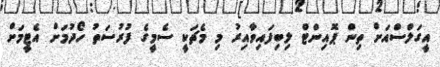
އީގަލްސްއަށް ތިން ޕޮއިންޓް ލިބިފައިވާއިރު މި މެޗަކީ ސެމީގެ ފުރުސަތު ހޯދުމަށް އެޓީމަށް